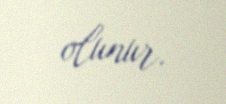
olunur.